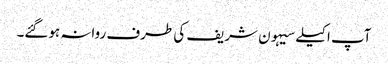
آپ اکیلے سیہون شریف کی طرف روانہ ہوگئے۔